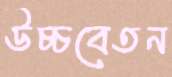
উচ্চবেতন